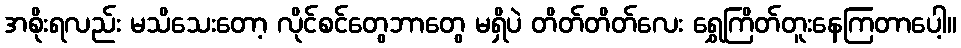
အစိုးရလည်း မသိသေးတော့ လိုင်စင်တွေဘာတွေ မရှိပဲ တိတ်တိတ်လေး ရွှေကြိတ်တူးနေကြတာပေါ့။